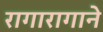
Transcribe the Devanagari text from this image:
रागारागाने